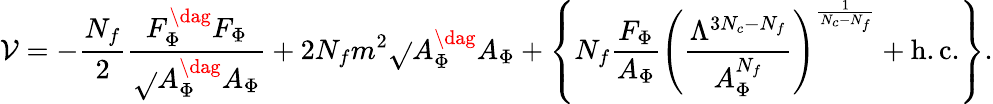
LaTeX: \mathcal{V}=-{\frac{{N_{f}}}{{2}}}{\frac{{F_{\Phi}^{\dag}F_{\Phi}}}{{\sqrt{}{{A_{\Phi}^{\dag}A_{\Phi}}}}}}+2N_{f}m^{2}\sqrt{}{{A_{\Phi}^{\dag}A_{\Phi}}}+\left\{ N_{f}{\frac{{F_{\Phi}}}{{A_{\Phi}}}}\left({\frac{{\Lambda^{3N_{c}-N_{f}}}}{{A_{\Phi}^{N_{f}}}}}\right)^{\frac{{1}}{{N_{c}-N_{f}}}}+\mathrm{{h.c.}}\right\} .